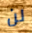
لن